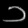
Digit: ၁